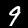
Digit: 9